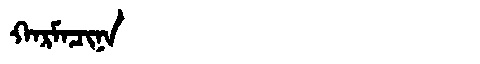
Manchu: ᡴᠠᡵᠮᠠᠴᡳᠨᠠ
Romanization: KARMACINA